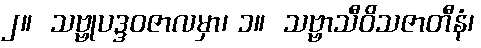
၂။  သဗ္ဗုပဒ္ဒဝဇာလမှာ၊ ၁။  သဗ္ဗာသီဝိသဇာတီနံ၊